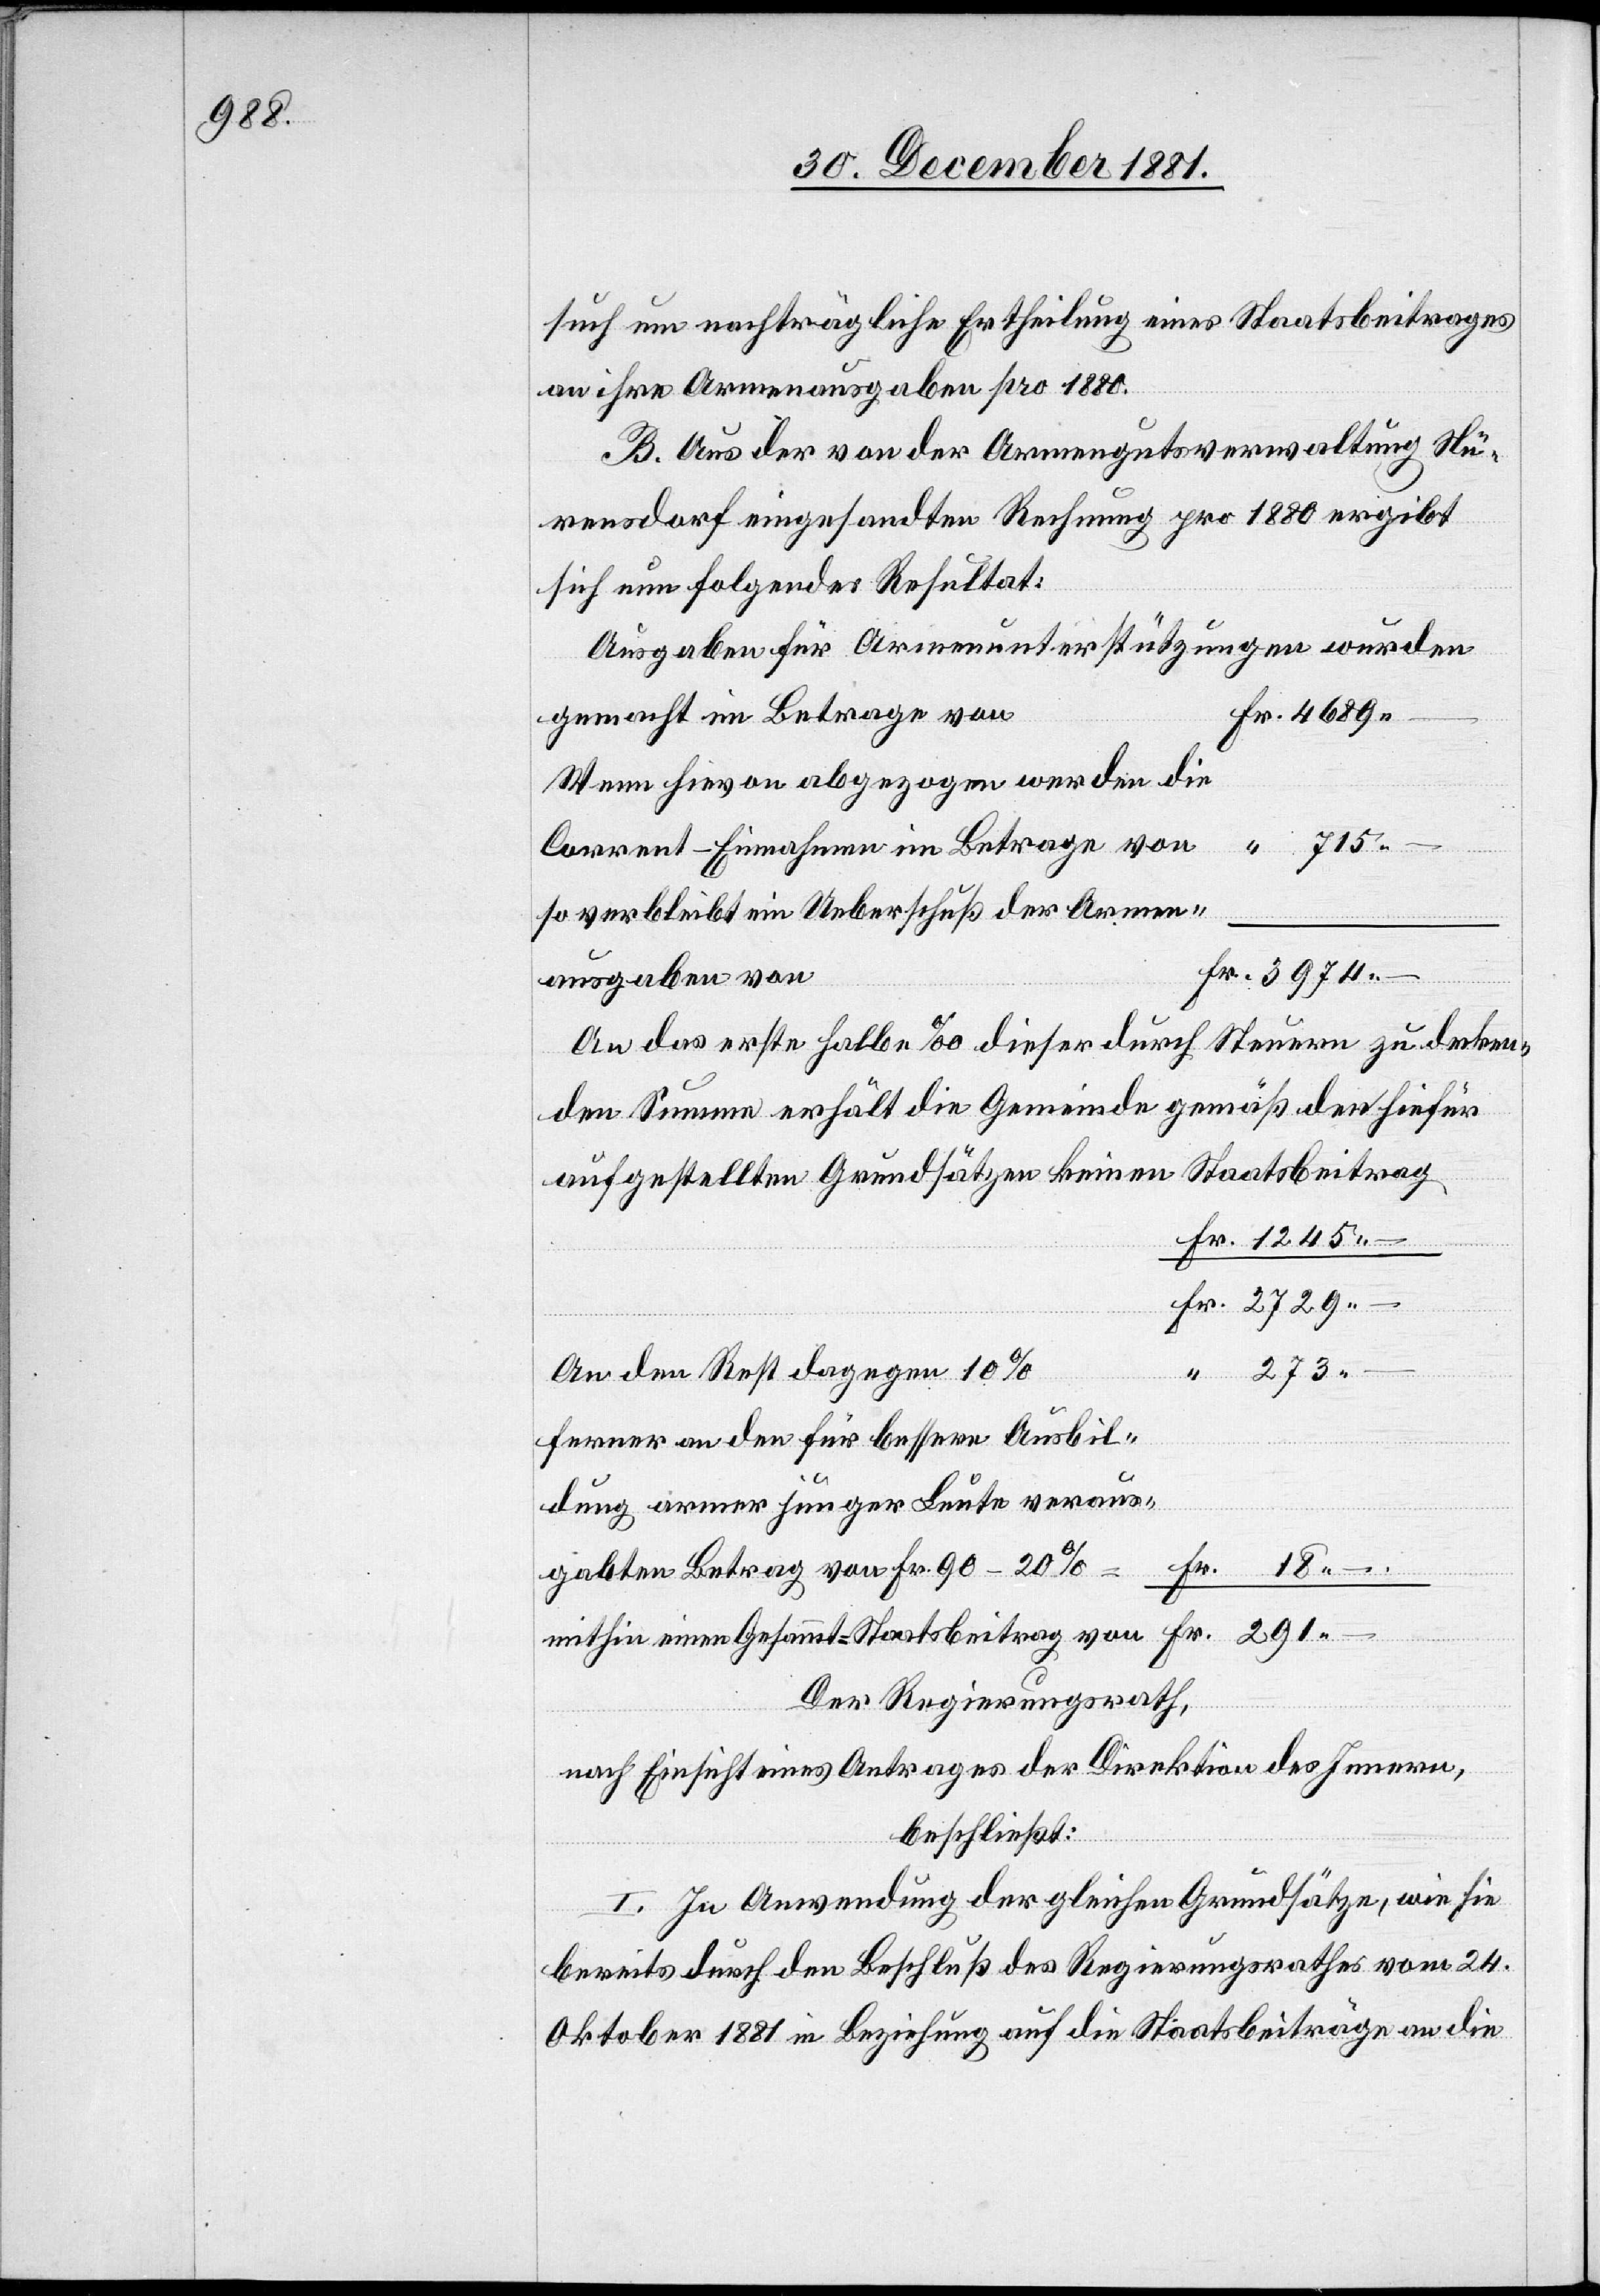
18.

such um nachträgliche Ertheilung eines Staatsbeitrages
an ihre Armenausgaben pro 1880.
B. Aus der von der Armengutsverwaltung Nü¬
rensdorf eingesandten Rechnung pro 1880 ergibt
sich nun folgendes Resultat:
Ausgaben für Armenunterstützungen wurden
gemacht im Betrage von
Wenn hievon abgezogen werden die
Corrent-Einnahmen im Betrage von
so verbleibt ein Ueberschuß der Armen¬
ausgaben von
An das erste halbe ‰ dieser durch
Steuern zu decken¬
den Summe erhält die Gemeinde gemäß den hiefür
aufgestellten Grundsätzen keinen Staatsbeitrag.
An den Rest dagegen 10%
Ferner an den für bessere Ausbil¬
dung armer junger Leute veraus¬
gabten Betrag von Fr. 90 – 20%
Fr.
mithin einen Gesammt-Staatsbeitrag von
Der Regierungsrath,
nach Einsicht eines Antrages der Direktion des Innern,
beschließt:
I. In Anwendung der gleichen Grundsätze, wie sie
bereits durch den Beschluß des Regierungsrathes vom 24.
Oktober 1881 in Beziehung auf die Staatsbeiträge an die